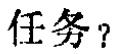
任务？